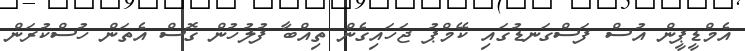
އެމްޑީޕީން އުސް ފަސްގަނޑުގައި ކޭމްޕު ޖަހައިގެން ތިއްބާ ފުލުހުން ގޮސް އެތަން ހުސްކުރަން